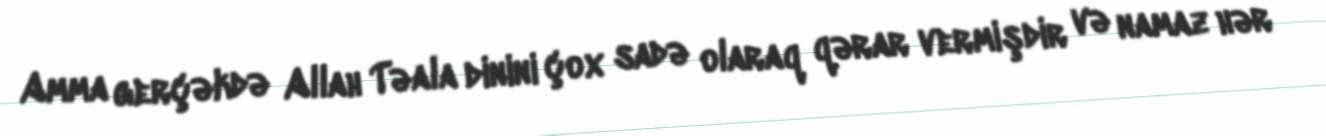
Amma gerçəkdə Allah Təala dinini çox sadə olaraq qərar vermişdir və namaz hər